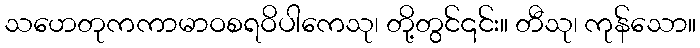
သဟေတုကကာမာဝစရဝိပါကေသု၊ တို့တွင်၎င်း။ တီသု၊ ကုန်သော။